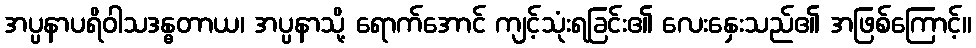
အပ္ပနာပရိဝါသဒန္ဓတာယ၊ အပ္ပနာသို့ ရောက်အောင် ကျင့်သုံးရခြင်း၏ လေးနှေးသည်၏ အဖြစ်ကြောင့်။